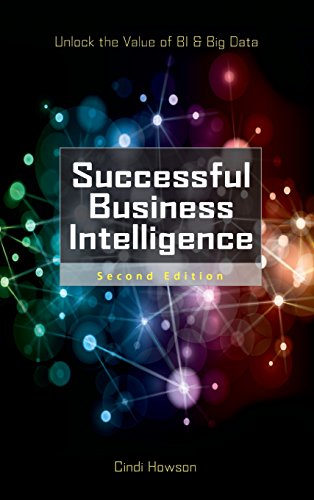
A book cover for Successful Business Intelligence, Second Edition: Unlock the Value of BI & Big Data; Cindi Howson; Computers & Technology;